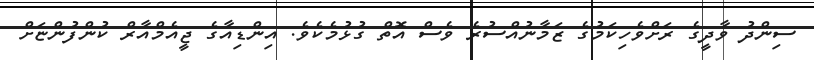
ސިންދު ވާދީގެ ރަށްވެހިކަމުގެ ޒަމާނުއްސުރެ ވެސް އޮތް ގުޅުމެކެވެ. އިންޑިއާގެ ޖީއެމްއާރް ކުންފުންޏަށް